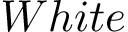
W h i t e